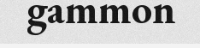
gammon